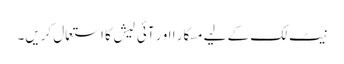
نیٹ لک کے لیے مسکار ا او ر آئی لیش کا استعمال کریں۔